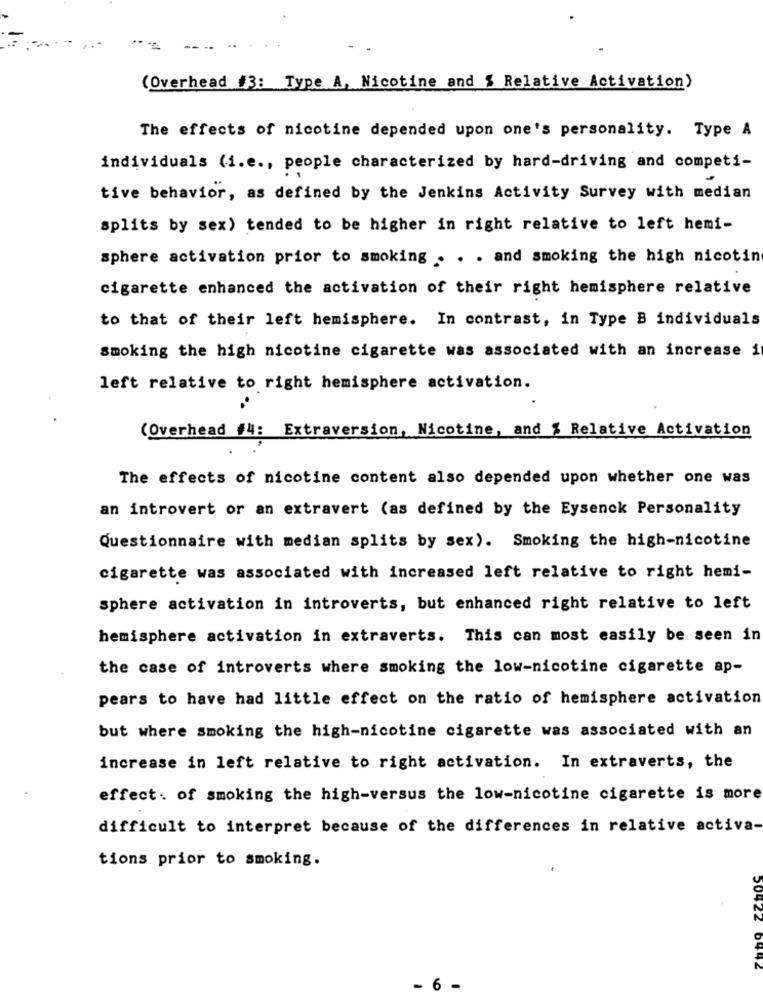
(Overhead #3: Type A, Nicotine and % Relative Activation)
The effects of nicotine depended upon one's personality. Type A
individuals (i.e ., people characterized by hard-driving and competi-
tive behavior, as defined by the Jenkins Activity Survey with median
splits by sex) tended to be higher in right relative to left hemi-
sphere activation prior to smoking . . . and smoking the high nicotin
cigarette enhanced the activation of their right hemisphere relative
to that of their left hemisphere. In contrast, in Type B individuals
smoking the high nicotine cigarette was associated with an increase i
left relative to right hemisphere activation.
(Overhead #4: Extraversion, Nicotine, and % Relative Activation
The effects of nicotine content also depended upon whether one was
an introvert or an extravert (as defined by the Eysenck Personality
Questionnaire with median splits by sex). Smoking the high-nicotine
cigarette was associated with increased left relative to right hemi-
sphere activation in introverts, but enhanced right relative to left
hemisphere activation in extraverts. This can most easily be seen in
the case of introverts where smoking the low-nicotine cigarette ap-
pears to have had little effect on the ratio of hemisphere activation
but where smoking the high-nicotine cigarette was associated with an
increase in left relative to right activation. In extraverts, the
effect. of smoking the high-versus the low-nicotine cigarette is more
difficult to interpret because of the differences in relative activa-
tions prior to smoking.
50422 0442
- 6 -